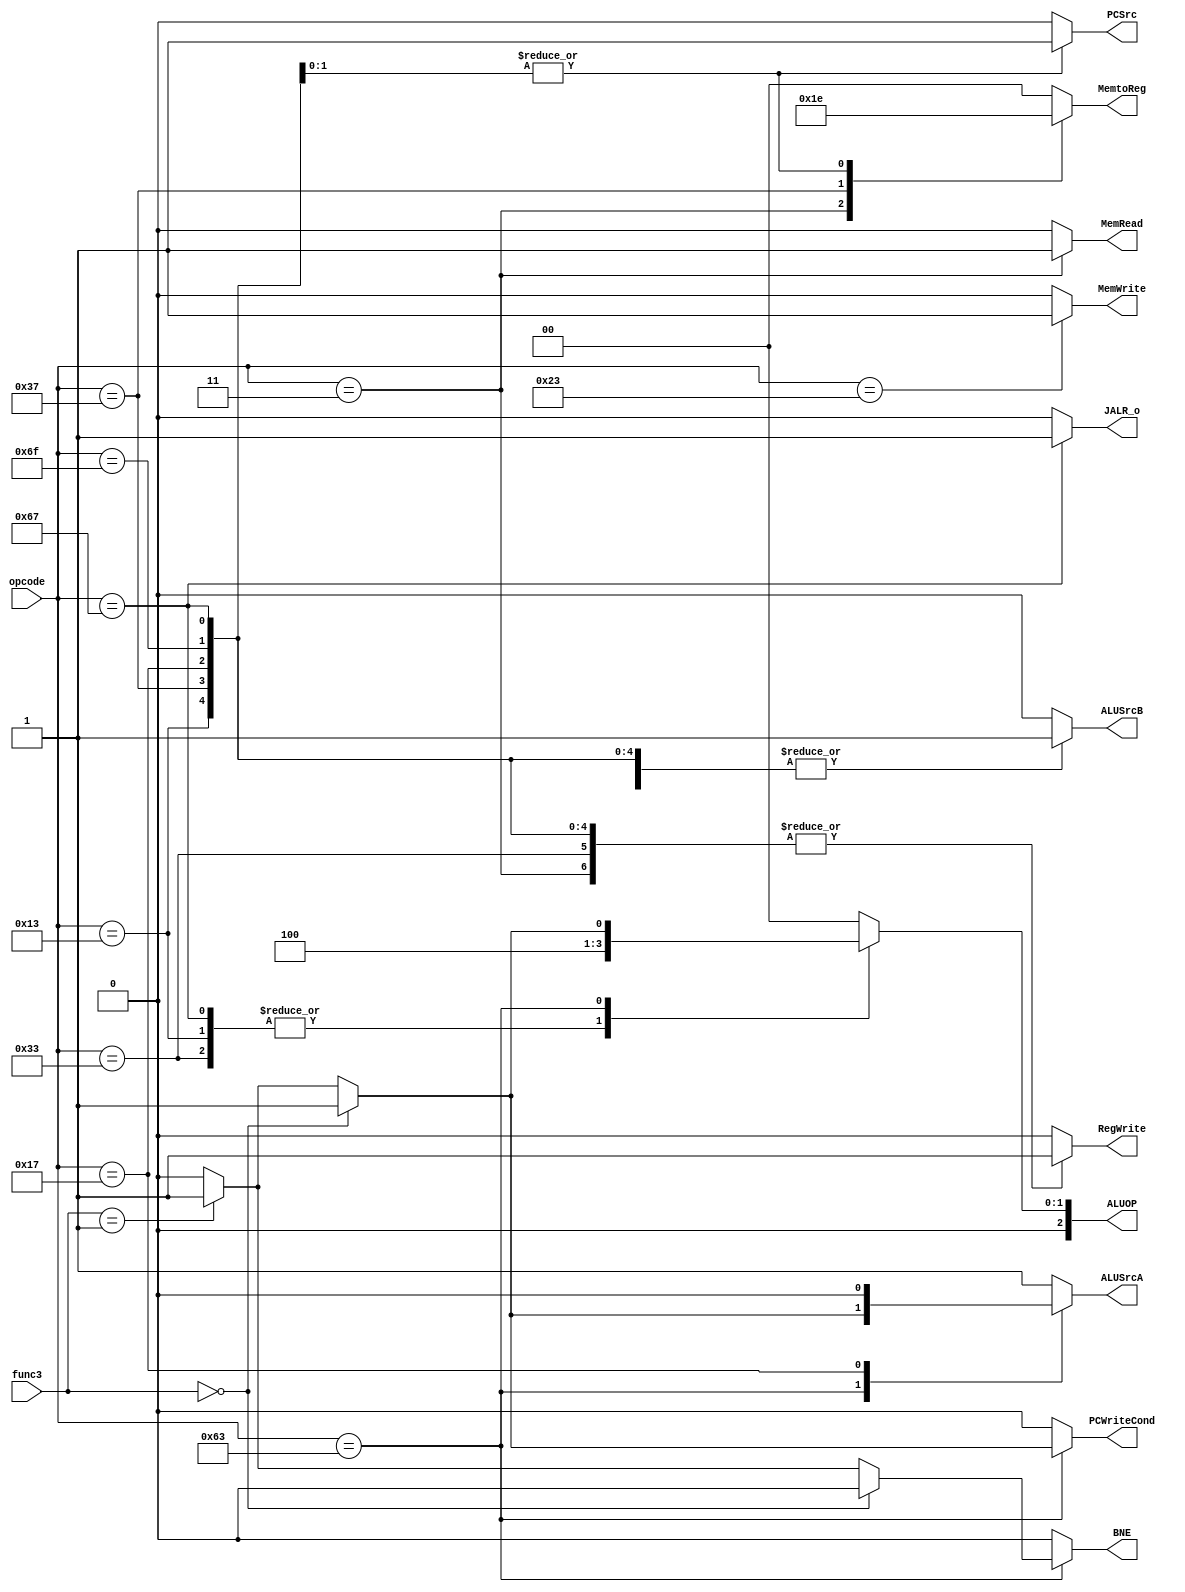
// Coder:           David Adrian Michel Torres, Eduardo Ethandrake Castillo Pulido
// Module name:	  control_unit
// Project Name:	  risc_v_top
// Description:	  RISC_V control unit single cycle

module control_unit(
    //Inputs control unit
    input[6:0] opcode,
    //Inputs ALU Decoder
    input[2:0] func3,
    //Output control unit
    //Multiplexer Selects
    output reg [1:0] MemtoReg,
    output reg PCSrc,
    output reg ALUSrcA,
    output reg ALUSrcB,
    //Register Enables
    output reg MemWrite,
    output reg MemRead,
    output reg PCWriteCond,
    output reg BNE,
    output reg RegWrite,
	 output reg JALR_o,
    //Outputs ALU Decoder
    output reg [2:0] ALUOP
);

//opcodes
parameter R_TYPE = 7'b0110011;
parameter I_TYPE = 7'b0010011;
parameter S_TYPE = 7'b0100011;
parameter B_TYPE = 7'b1100011;
parameter LUI_INS = 7'b0110111;
parameter AUIPC_INS = 7'b0010111;
parameter JAL_INS = 7'b1101111;
parameter JALR_INS = 7'b1100111;
parameter LOAD_INS = 7'b0000011;

//ALU Control
//ADDITION 010, ALUOP 00

//OUTPUT DEFINITION
always @(*)
	begin
		 BNE = 1'b0;
		 PCWriteCond = 1'b0;
		 MemRead = 1'b0;
		 MemWrite = 1'b0;
		 MemtoReg = 2'b00;
		 PCSrc = 1'b0;
		 ALUOP = 2'b00;
       ALUSrcA = 1'b0;
		 ALUSrcB = 1'b0;
		 RegWrite = 1'b0;
		 JALR_o = 1'b0;
		case(opcode)
            LOAD_INS:
            begin
                BNE = 1'b0;
                PCWriteCond = 1'b0;
                MemRead = 1'b1;
                MemWrite = 1'b0;
                MemtoReg = 2'b01;
                PCSrc = 1'b0;
                ALUOP = 2'b00;
                ALUSrcA = 1'b1;
                ALUSrcB = 1'b1;
                RegWrite = 1'b1;
					 JALR_o = 1'b0;
            end
            S_TYPE:
            begin
                BNE = 1'b0;
                PCWriteCond = 1'b0;
                MemRead = 1'b0;
                MemWrite = 1'b1;
                MemtoReg = 2'b00;
                PCSrc = 1'b0;
                ALUOP = 2'b00;
                ALUSrcA = 1'b1;
                ALUSrcB = 1'b1;
                RegWrite = 1'b0;
					 JALR_o = 1'b0;
            end
            R_TYPE:
            begin
                BNE = 1'b0;
                PCWriteCond = 1'b0;
                MemRead = 1'b0;
                MemWrite = 1'b0;
                MemtoReg = 2'b00;
                PCSrc = 1'b0;
                ALUOP = 2'b10;
                ALUSrcA = 1'b1;
                ALUSrcB = 1'b0;
                RegWrite = 1'b1;
					 JALR_o = 1'b0;
            end
            I_TYPE:
            begin
                BNE = 1'b0;
                PCWriteCond = 1'b0;
                MemRead = 1'b0;
                MemWrite = 1'b0;
                MemtoReg = 2'b00;
                PCSrc = 1'b0;
                ALUOP = 2'b10;
                ALUSrcA = 1'b1;
                ALUSrcB = 1'b1;
                RegWrite = 1'b1;
					 JALR_o = 1'b0;
            end
            JALR_INS:
            begin
                BNE = 1'b0;
                PCWriteCond = 1'b0;
                MemRead = 1'b0;
                MemWrite = 1'b0;
                MemtoReg = 2'b10;
                PCSrc = 1'b1;
                ALUOP = 2'b10;
                ALUSrcA = 1'b1;
                ALUSrcB = 1'b1;
                RegWrite = 1'b1;
					 JALR_o = 1'b1;
            end
            B_TYPE:
            begin
                if(func3 == 3'b000) //BEQ
                begin
                    BNE = 1'b0;
                    PCWriteCond = 1'b1;
                    MemRead = 1'b0;
                    MemWrite = 1'b0;
                    MemtoReg = 2'b00;
                    PCSrc = 1'b0;
                    ALUOP = 2'b01;
                    ALUSrcA = 1'b1;
                    ALUSrcB = 1'b0;
                    RegWrite = 1'b0;
						  JALR_o = 1'b0;
                end
                else if(func3 == 3'b001) //BNE
                begin
                    BNE = 1'b1;
                    PCWriteCond = 1'b1;
                    MemRead = 1'b0;
                    MemWrite = 1'b0;
                    MemtoReg = 2'b00;
                    PCSrc = 1'b0;
                    ALUOP = 2'b01;
                    ALUSrcA = 1'b1;
                    ALUSrcB = 1'b0;
                    RegWrite = 1'b0;
						  JALR_o = 1'b0;
                end
            end
            LUI_INS:
            begin
                BNE = 1'b0;
                PCWriteCond = 1'b0;
                MemRead = 1'b0;
                MemWrite = 1'b0;
                MemtoReg = 2'b11;
                PCSrc = 1'b0;
                ALUOP = 2'b00;
                ALUSrcA = 1'b1;
                ALUSrcB = 1'b1;
                RegWrite = 1'b1;
					 JALR_o = 1'b0;
            end
            AUIPC_INS:
            begin
                BNE = 1'b0;
                PCWriteCond = 1'b0;
                MemRead = 1'b0;
                MemWrite = 1'b0;
                MemtoReg = 2'b00;
                PCSrc = 1'b0;
                ALUOP = 2'b00;
                ALUSrcA = 1'b0;
                ALUSrcB = 1'b1;
                RegWrite = 1'b1;
					 JALR_o = 1'b0;
            end
            JAL_INS:
            begin
                BNE = 1'b0;
                PCWriteCond = 1'b0;
                MemRead = 1'b0;
                MemWrite = 1'b0;
                MemtoReg = 2'b10;
                PCSrc = 1'b1;
                ALUOP = 2'b00;
                ALUSrcA = 1'b1;
                ALUSrcB = 1'b1;
                RegWrite = 1'b1;
					 JALR_o = 1'b0;
            end
            default:
            begin
                BNE = 1'b0;
                PCWriteCond = 1'b0;
                MemRead = 1'b0;
                MemWrite = 1'b0;
                MemtoReg = 2'b00;
                PCSrc = 1'b0;
                ALUOP = 2'b00;
                ALUSrcA = 1'b1;
                ALUSrcB = 1'b0;
                RegWrite = 1'b0;
					 JALR_o = 1'b0;
            end
			endcase
	end

endmodule